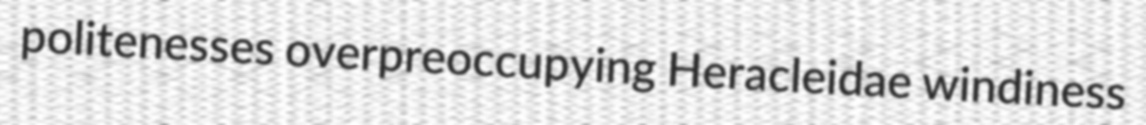
politenesses overpreoccupying Heracleidae windiness